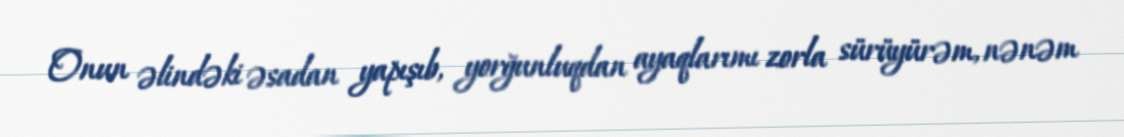
Onun əlindəki əsadan yapışıb, yorğunluqdan ayaqlarımı zorla sürüyürəm, nənəm